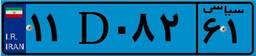
۵۹D۰۶۲۳۳